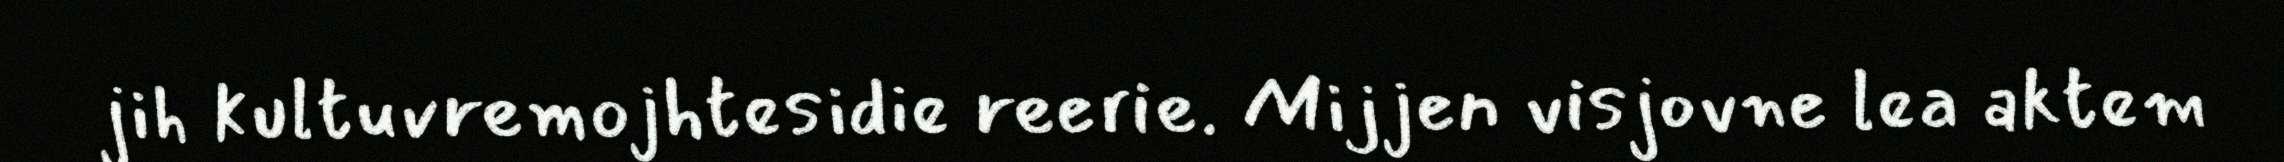
jih kultuvremojhtesidie reerie. Mijjen visjovne lea aktem